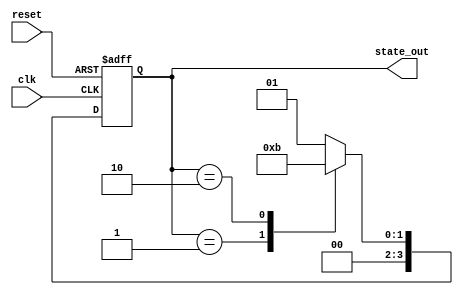
module StateInitialization (
    input wire clk,                // Clock signal
    input wire reset,              // Active-high reset signal
    output reg [3:0] state_out     // State output (4-bit for example)
);

// Internal states
reg [3:0] current_state;

// Predefined initial state values
localparam INITIAL_STATE = 4'b0001; // Example initial state
localparam STATE_A = 4'b0001;        // Example state A
localparam STATE_B = 4'b0010;        // Example state B
localparam STATE_C = 4'b0011;        // Example state C

// State transition logic
always @(posedge clk or posedge reset) begin
    if (reset) begin
        // Initialize internal states on reset
        current_state <= INITIAL_STATE;
    end else begin
        // State transition logic (example)
        case (current_state)
            STATE_A: current_state <= STATE_B; // Transition from A to B
            STATE_B: current_state <= STATE_C; // Transition from B to C
            STATE_C: current_state <= STATE_A; // Transition from C to A
            default: current_state <= INITIAL_STATE; // Default case
        endcase
    end
end

// Output the current state
always @(*) begin
    state_out = current_state;
end

endmodule